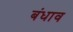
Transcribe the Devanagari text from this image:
बंधाव